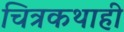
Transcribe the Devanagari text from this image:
चित्रकथाही